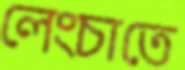
লেংচাতে